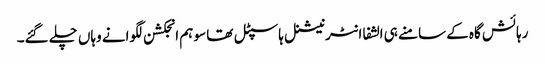
رہائش گاہ کے سامنے ہی الشفا انٹرنیشنل ہاسپٹل تھا سو ہم انجکشن لگوانے وہاں چلے گئے۔